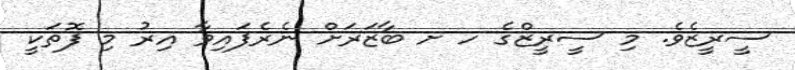
ސީރީޒެވެ. މި ސީރީޒްގެ ހ ށ ބާޒަރަށް ނެރެފައިވާ އިރު މި ފޮތަކީ